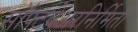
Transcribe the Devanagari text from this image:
सॉफ्टवेअरनिर्मिती